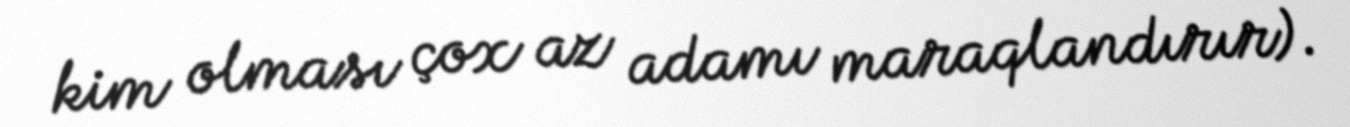
kim olması çox az adamı maraqlandırır).